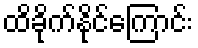
ထိခိုက်နိုင်ကြောင်း